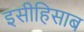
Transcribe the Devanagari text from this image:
इसीहिसाब